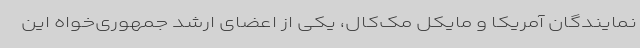
نمایندگان آمریکا و مایکل مک‌کال، یکی از اعضای ارشد جمهوری‌خواه این